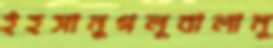
ইহসানুগলুবালামু